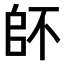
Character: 𠂾